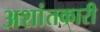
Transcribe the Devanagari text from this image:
अशांतकारी